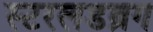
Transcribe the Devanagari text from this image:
स्टरलडब्रग